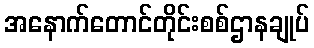
အနောက်တောင်တိုင်းစစ်ဌာနချုပ်